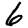
Digit: 6